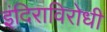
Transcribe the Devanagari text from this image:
इंदिराविरोधी